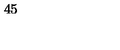
4 5